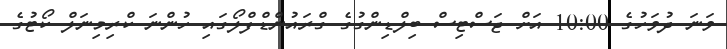
ވަނަ ދުވަހުގެ 10:00 އަށް ޖަސްޓިސް ބިލްޑިންގުގެ ގްރައުންޑްފްލޯގައި ހުންނަ ކްރިމިނަލް ކޯޓުގެ